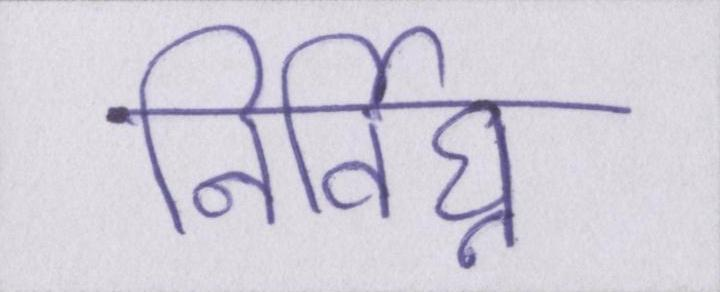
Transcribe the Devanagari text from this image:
निर्विघ्न